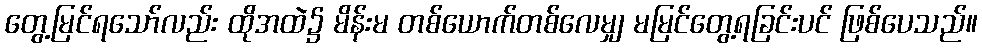
တွေ့မြင်ရသော်လည်း ထိုအထဲ၌ မိန်းမ တစ်ယောက်တစ်လေမျှ မမြင်တွေ့ရခြင်းပင် ဖြစ်ပေသည်။